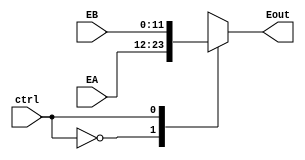
module muxEnd (ctrl,EA,EB,Eout);
	input ctrl;
	input [11:0] EA, EB;
	output reg [11:0] Eout;
	
	always @(*) begin
		case (ctrl)
			1'b0: Eout = EA;				
			1'b1:  Eout = EB;
		endcase
	end
endmodule